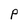
Character: P